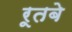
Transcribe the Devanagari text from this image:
रूतबे